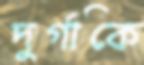
দুর্গাকে